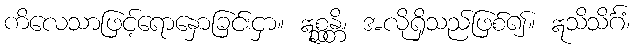
ကိလေသာဖြင့်ရောနှောခြင်းငှာ။ ဣစ္ဆန္တိ၊ အလိုရှိသည်ဖြစ်၍။ ဣသိသိင်္ဂံ၊